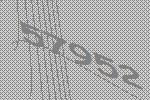
57952